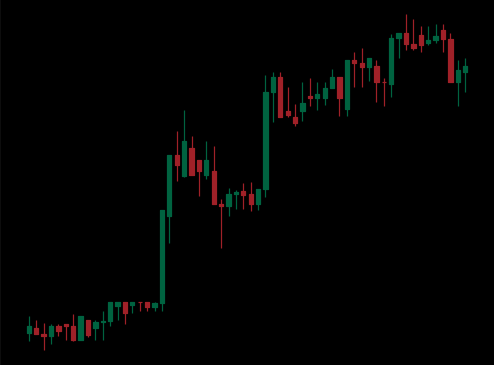
Pattern: unclassified